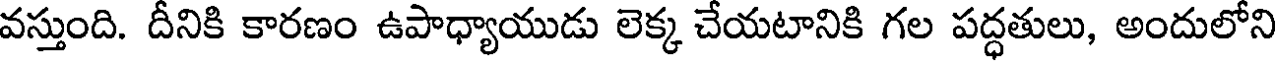
వస్తుంది. దీనికి కారణం ఉపాధ్యాయుడు లెక్క చేయటానికి గల పద్ధతులు, అందులోని